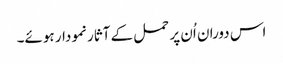
اس دوران اُن پر حمل کے آثار نمودار ہوئے۔